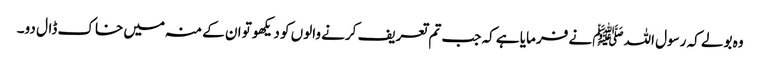
وہ بولے کہ رسول اللہﷺ نے فرمایا ہے کہ جب تم تعریف کرنے والوں کو دیکھو تو ان کے منہ میں خاک ڈال دو۔